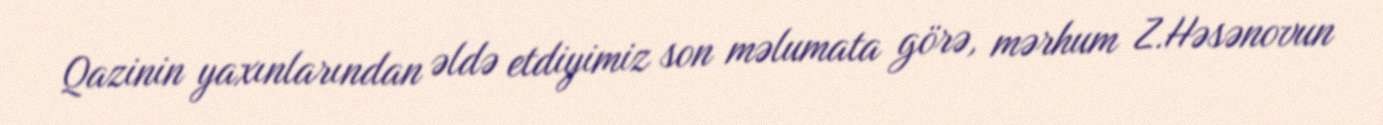
Qazinin yaxınlarından əldə etdiyimiz son məlumata görə, mərhum Z.Həsənovun